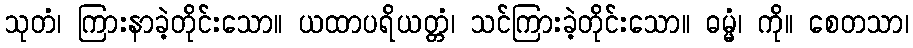
သုတံ၊ ကြားနာခဲ့တိုင်းသော။ ယထာပရိယတ္တံ၊ သင်ကြားခဲ့တိုင်းသော။ ဓမ္မံ၊ ကို။ စေတသာ၊